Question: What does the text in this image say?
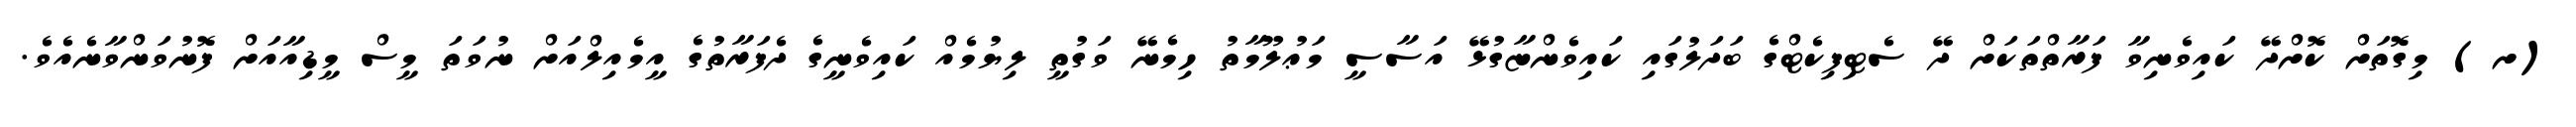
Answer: (ށ) މިގޮތަށް ކޮށްދޭ ކައިވެނިވާ ފަރާތްތަކަށް ދޭ ސެޓިފިކެޓްގެ ބަދަލުގައި ކައިވެންޏާގުޅޭ އަސާސީ މަޢުލޫމާތު ހިމެނޭ ވަގުތީ ލިޔުމެއް ކައިވެނީގެ ދެފަރާތުގެ އީމެއިލްއަށް ނުވަތަ މީސް މީޑިއާއަށް ފޮނުވަންވާނެއެވެ.